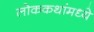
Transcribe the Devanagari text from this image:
लोककथांमध्ये